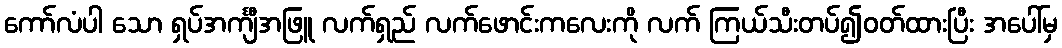
ကော်လံပါ သော ရှပ်အင်္ကျီအဖြူ လက်ရှည် လက်ဖောင်းကလေးကို လက် ကြယ်သီးတပ်၍ဝတ်ထားပြီး အပေါ်မှ